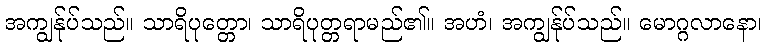
အကျွန်ုပ်သည်။ သာရိပုတ္တော၊ သာရိပုတ္တရာမည်၏။ အဟံ၊ အကျွန်ုပ်သည်။ မောဂ္ဂလာနော၊